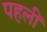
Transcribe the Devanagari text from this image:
पहलीं